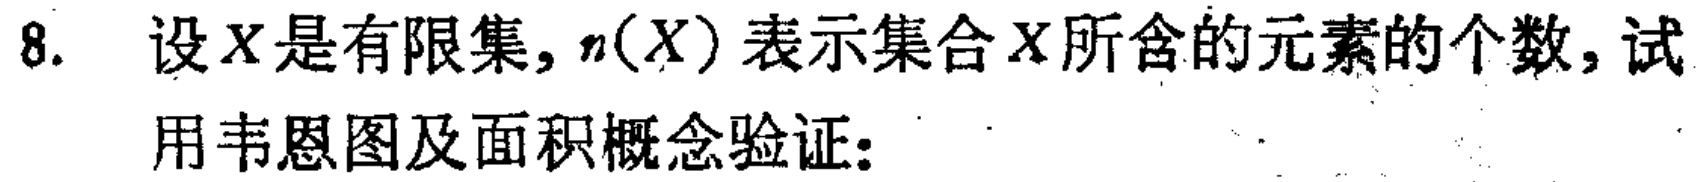
8. 设\(X\)是有限集，\(n(X)\)表示集合\(X\)所含的元素的个数，试用韦恩图及面积概念验证：